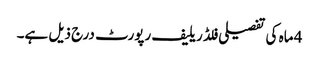
4 ماہ کی تفصیلی فلڈ ریلیف رپورٹ درج ذیل ہے۔